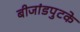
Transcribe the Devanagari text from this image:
बीजांडपुटके